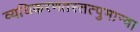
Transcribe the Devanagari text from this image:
व्यधिकरणतस्तत्पुमान्वा